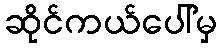
ဆိုင်ကယ်ပေါ်မှ